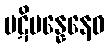
ပဋိပန္နေနေဝ